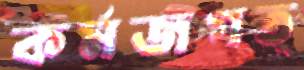
কর্মজগত্